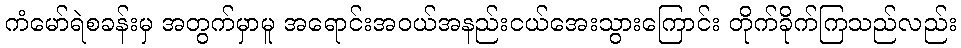
ကံမော်ရဲစခန်းမှ အတွက်မှာမူ အရောင်းအဝယ်အနည်းငယ်အေးသွားကြောင်း တိုက်ခိုက်ကြသည်လည်း